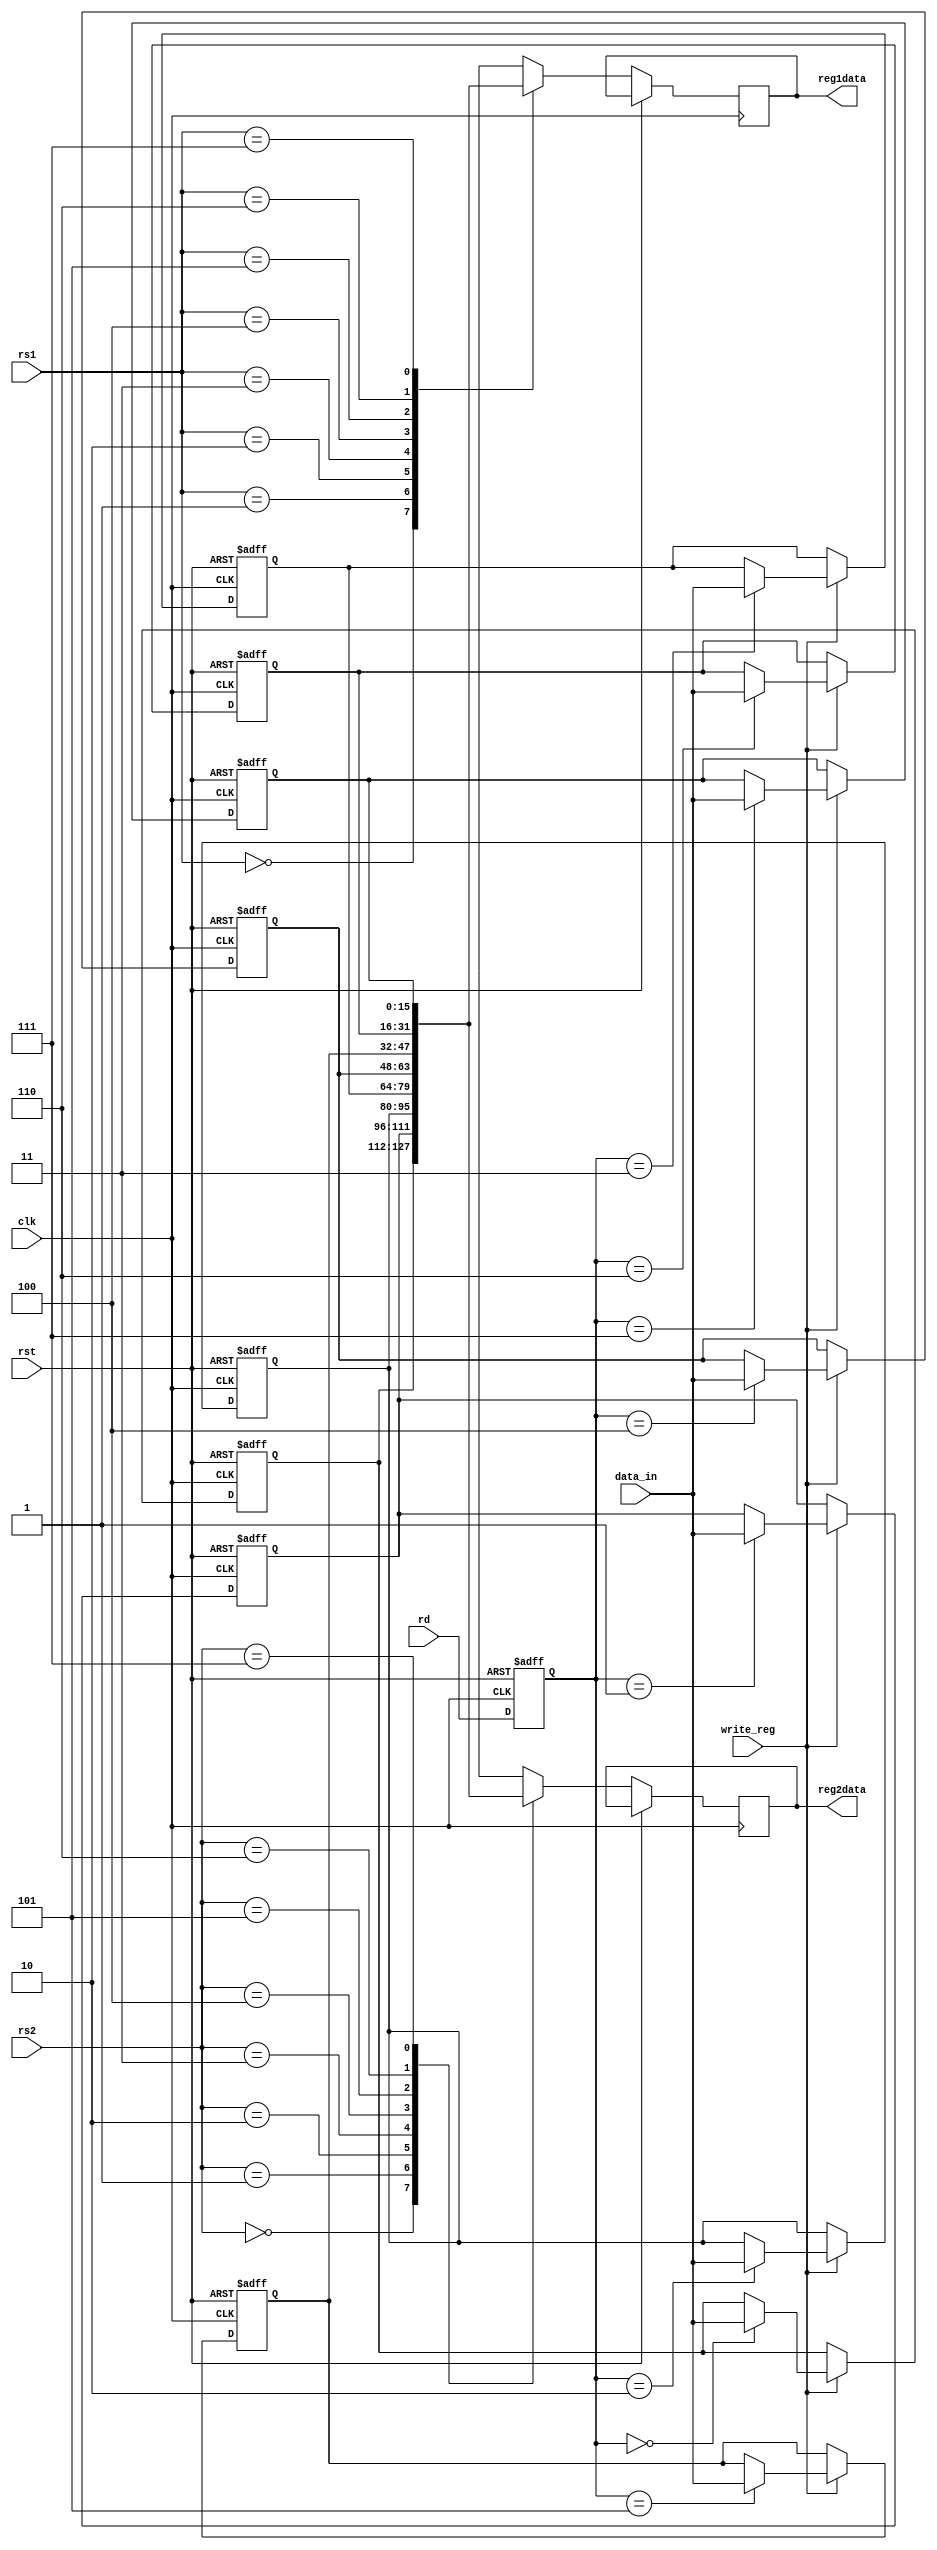

/*
* 	Nathan Chinn
* 	Minion CPU - NanoQuarter
*
*	Module:  Registers Module
*	Inputs:  register source 1, register source 2
*		 register destination, Data in, Write Protect Bar
*	Outputs: register 1 data, register 2 data
*
*/


module Registers(	input 			clk,	 // System Clock
						rst,	 // System Reset
			input[2:0] 		rs1,	 // register source 1
						rs2,	 // register source 2
						rd,	 // register destination
			input[15:0]		data_in, // data to be writen to rd
			input			write_reg,	 // Write Protect Bar (1 means write ok)

			output reg[15:0]	reg1data,
						reg2data
		);

		reg [15:0] registers[7:0]; // 8 16 bit registers
		reg [2:0] rd_last; // last destination register
		
		integer index = 0;
		

		always @ (posedge clk or posedge rst)
		begin
			if (rst == 1)
			begin
				rd_last <= 0;
				for( index=0; index<=7; index = index + 1)
				begin
					registers[index] <= 16'b0000_0000_0000_0000;
			end	
			end
			else
			begin
				if (write_reg == 1)
				begin
					registers[rd_last] <= data_in;
				end
				rd_last <= rd;

				reg1data <= registers[rs1]; // pass through
				reg2data <= registers[rs2]; // pass through
			end
		end



endmodule